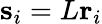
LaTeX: \mathbf{s}_{i}=L\mathbf{r}_{i}